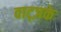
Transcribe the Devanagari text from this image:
वाट्ज़के